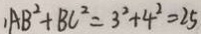
A B ^ { 2 } + B C ^ { 2 } = 3 ^ { 2 } + 4 ^ { 2 } = 2 5